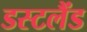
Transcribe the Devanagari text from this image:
डस्टलैंड